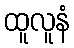
ထူလူနံ